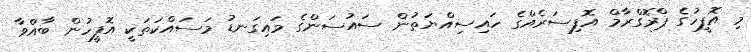
މި އޮފީހުގެ ޕްރޮގްރާމް އޮފިސަރެއްގެ ހައިސިއްޔަތުން ސައުސަންގެ މައިގަނޑު މަސައްކަތަކީ އޮފީހުން ބާއްވާ